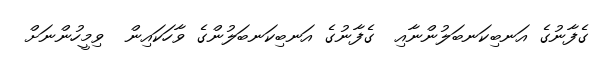
ގެފާނުގެ އަނބިކަނބަލުންނާއި  ގެފާނުގެ އަނބިކަނބަލުންގެ ވާހަކައިން  ވިމީހުންނަށް